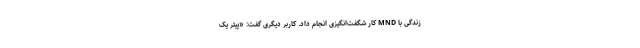
زندگی با MND کار شگفت‌انگیزی انجام داد. کاربر دیگری گفت: «پیتر یک